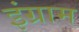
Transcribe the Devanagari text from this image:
इंग्राम